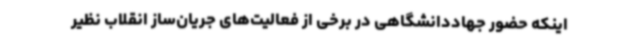
اینکه حضور جهاددانشگاهی در برخی از فعالیت‌های جریان‌ساز انقلاب نظیر